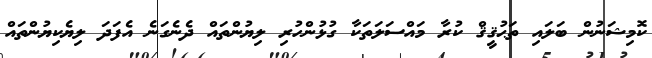
ކޮމިޝަނުން ބަލައި ތަޙުޤީޤް ކުރާ މައްސަލަތަކާ ގުޅުންހުރި ލިޔުންތައް ދެނެގަނެ އެފަދަ ލިޔެކިޔުންތައް